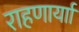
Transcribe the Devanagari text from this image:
राहणार्याा